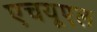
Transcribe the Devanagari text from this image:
एचयूएल